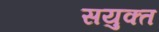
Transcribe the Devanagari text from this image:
सयुक्‍त